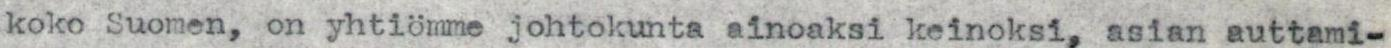
koko Suomen, on yhtiömme johtokunta ainoaksi keinoksi, asian auttami-